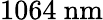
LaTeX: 1064~\mathrm{nm}